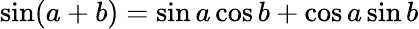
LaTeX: \sin(a+b)=\sin a\cos b+\cos a\sin b